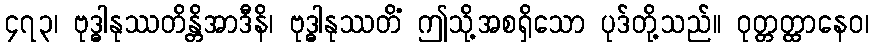
၄၇၃၊ ဗုဒ္ဓါနုဿတိန္တိအာဒီနိ၊ ဗုဒ္ဓါနုဿတိံ ဤသို့အစရှိသော ပုဒ်တို့သည်။ ဝုတ္တတ္ထာနေဝ၊